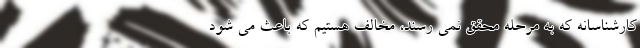
کارشناسانه که به مرحله محقق نمی رسند، مخالف هستیم که باعث می شود